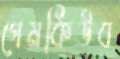
গেমকিউব